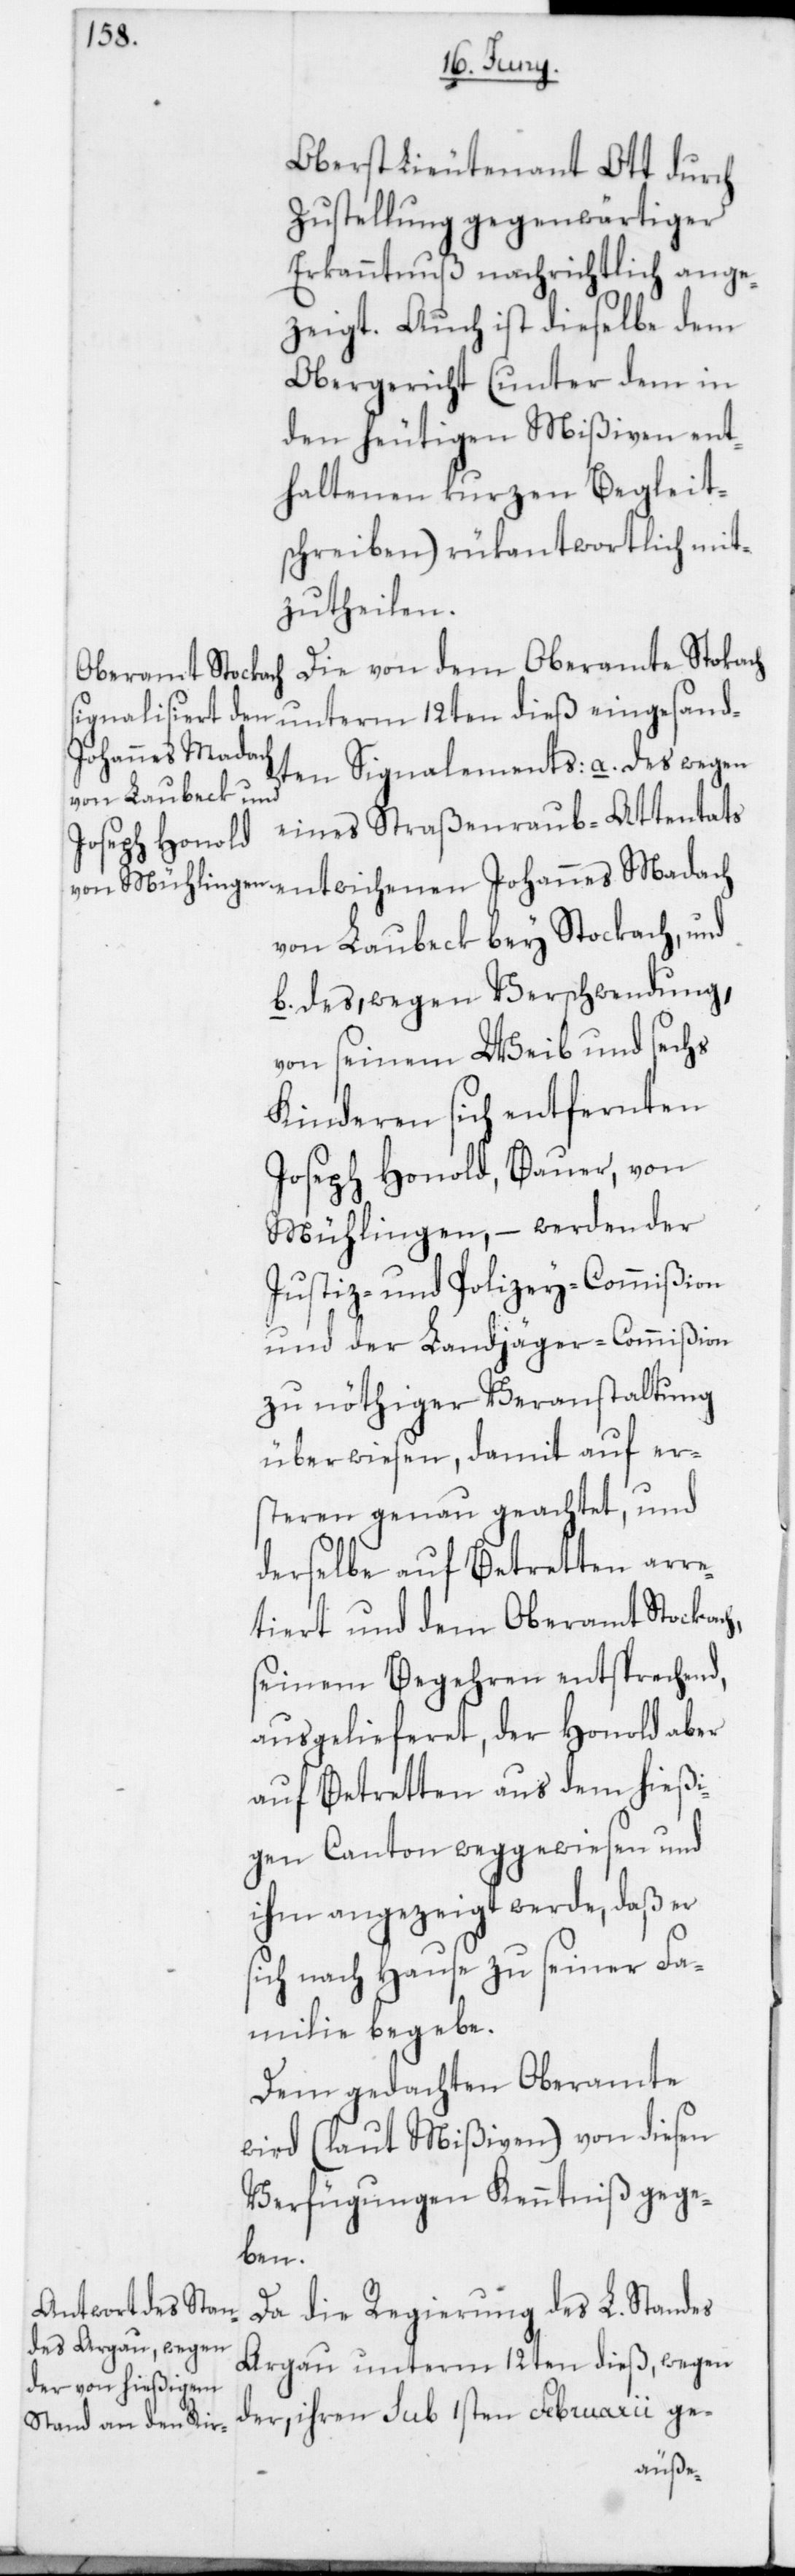
Oberstlieutenant Ott durch
Zustellung gegenwärtiger
Erkanntnuß nachrichtlich ange¬
zeigt. Auch ist dieselbe dem
Obergericht (unter dem in
den heutigen Mißiven ent¬
haltenen kurzen Begleit¬
schreiben) rükantwortlich mit¬
zutheilen.
Die von dem Oberamte Stokach
unterm 12ten dieß eingesand¬
Johannes Madach
ten Signalements: a) des wegen
eines Straßenraub-Attentats
von Laubeck bey Stockach, und
b) des, wegen Verschwendung,
von seinem Weib und sechs
Kinderen sich entfernten
Joseph Honold, Bauer, von
Mühlingen, – werden der
Justiz- und Polizey-Commißion
und der Landjäger-Commißion
zu nöthiger Veranstaltung
überwiesen, damit auf er¬
steren genau geachtet, und
derselbe auf Betretten arre¬
tiert und dem Oberamt Stockach,
seinem Begehren entsprechend,
ausgelieferet, der Honold aber
auf Betretten aus dem hießi¬
gen Canton weggewiesen und
ihm angezeigt werde, daß er
sich nach Hause zu seiner Fa¬
milie begebe.
Dem gedachten Oberamte
wird (laut Mißiven) von diesen
Verfügungen Kenntniß gege¬
ben.
Da die Regierung des L. Standes
Argau unterm 12ten dieß, wegen
der ihren sub 1sten Februarii ge-